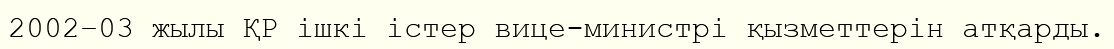
2002–03 жылы ҚР ішкі істер вице-министрі қызметтерін атқарды.